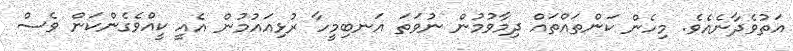
އަތުވެދާނެއެވެ. މިހެން ކަންތައްތައް ދިމާވުމުން ނުވަތަ އަނބިމީހާ ރުޅިއައުމުން އެއީ ކީއްވެގެންކަން ވެސް